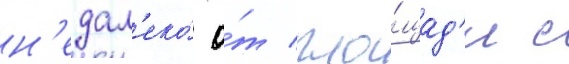
н'едал'еко́ о́т пло́щад'и с